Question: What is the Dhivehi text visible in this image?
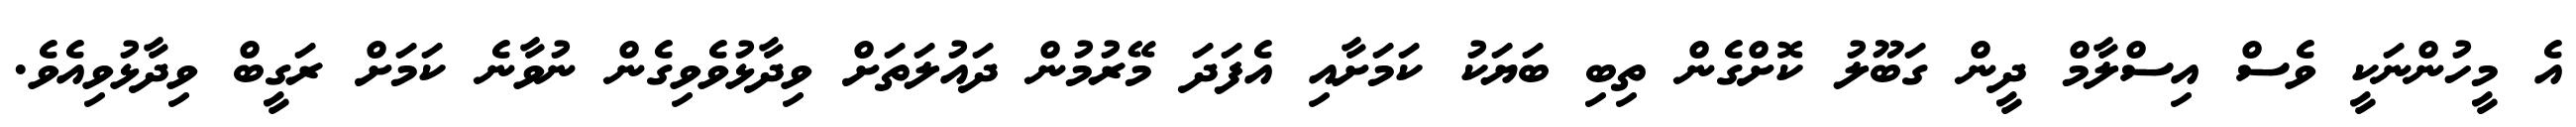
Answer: އެ މީހުންނަކީ ވެސް އިސްލާމް ދީން ގަބޫލު ކޮށްގެން ތިބި ބަޔަކު ކަމަށާއި އެފަދަ މޭރުމުން ދައުލަތަށް ވިދާޅުވެވިގެން ނުވާނެ ކަމަށް ރަގީބް ވިދާޅުވިއެވެ.